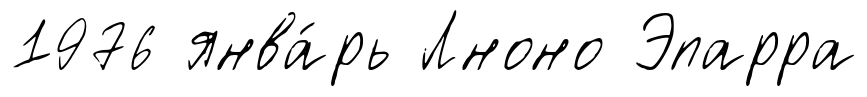
1976 янва́рь Лноно Эпарра